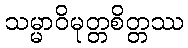
သမ္မာဝိမုတ္တစိတ္တဿ